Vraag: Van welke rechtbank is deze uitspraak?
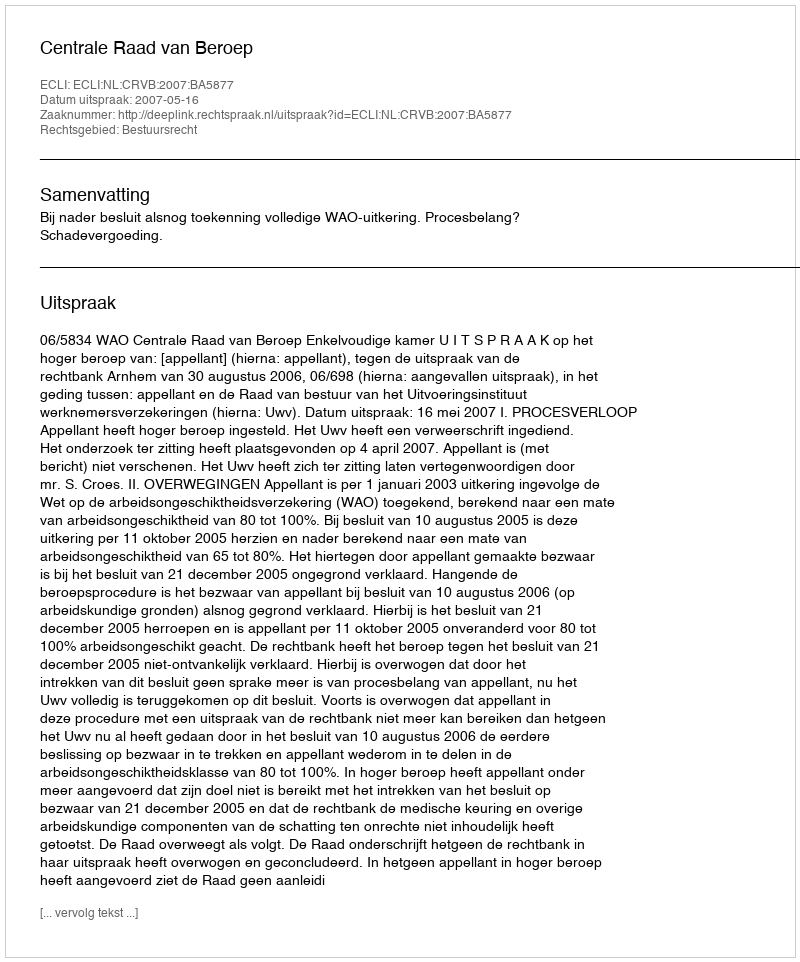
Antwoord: Centrale Raad van Beroep